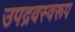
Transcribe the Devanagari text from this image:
उपद्रवस्वरूप